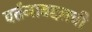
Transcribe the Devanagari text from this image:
वर्तनाबद्दलची